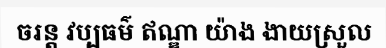
ចរន្ត វប្បធម៌ ឥណ្ឌា យ៉ាង ងាយស្រួល